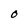
Character: 0